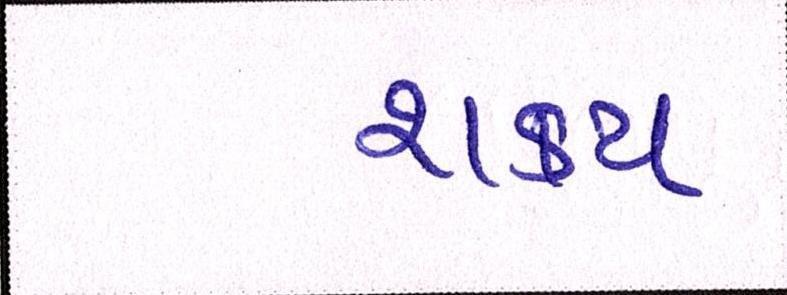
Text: શક્ય